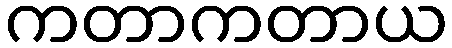
ကတာကတာယ